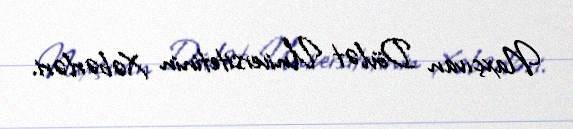
Naxçıvan Dövlət Universitetinin Xəbərləri.